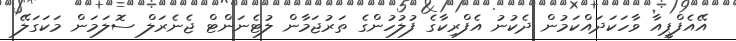
އޭއެފްޕީއާ ވާހަކަދައްކަމުން ދެކުނު އެފްރިކާގެ ފުލުހުންގެ ތަރުޖަމާން ލުޓެނަންޓް ޖެނެރަލް ސޮލަމަން މަކަގަލޭ